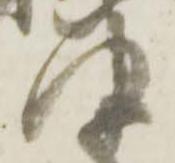
津